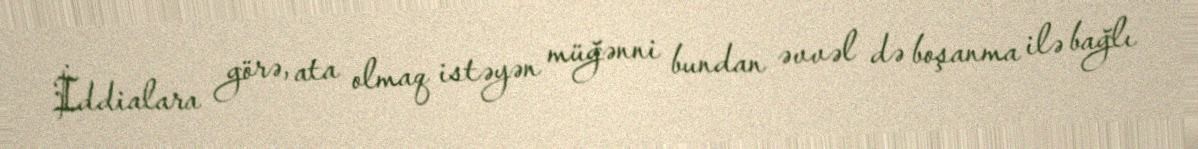
İddialara görə, ata olmaq istəyən müğənni bundan əvvəl də boşanma ilə bağlı